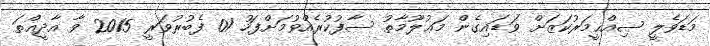
މަޑަވެލީ ޞިއްޙީމަރުކަޒަށް ވަޑައިގެން މަޢުލޫމާތު ސާފުކުރެއްވުމަށްފަހު 01 ފެބުރުވަރީ 2015 ވާ އާދީއްތަ